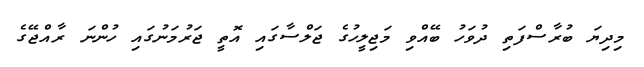
މިދިޔަ ބުރާސްފަތި ދުވަހު ބޭއްވި މަޖިލީހުގެ ޖަލްސާގައި އޮތީ ޖަރުމަނުގައި ހުންނަ ރާއްޖޭގެ